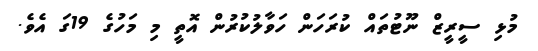
މުޅި ސީރީޒް ނޫޓުތައް ކުރަހަން ހަވާލުކުރުން އޮތީ މި މަހުގެ 19ގަ އެވެ.